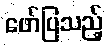
ဖော်ပြသည့်